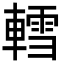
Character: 轌